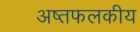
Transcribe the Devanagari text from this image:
अष्तफलकीय